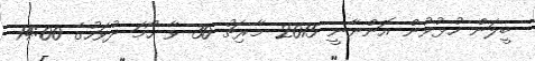
ބީލަން ހުޅުވުން އޮންނާނީ 2015 މާރިޗު 30 ވާ ހޯމަ ދުވަހުގެ 14:00